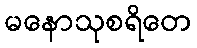
မနောသုစရိတေ